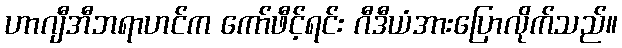
ဟာဂျီအီဘရာဟင်က ကော်ဖီင့်ရင်း ဂီဒီယံအားပြောလိုက်သည်။